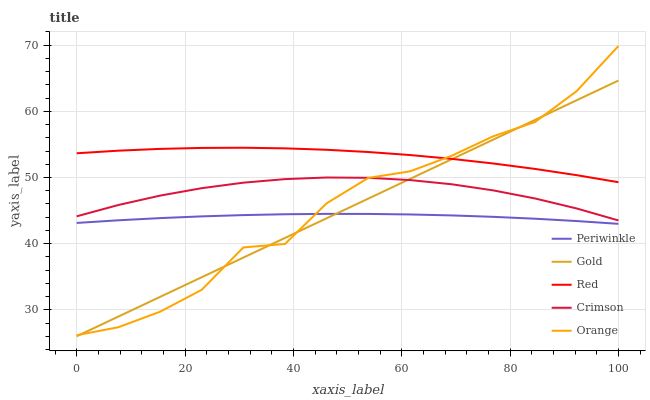
| xaxis_label | Periwinkle | Gold | Red | Crimson | Orange |
 | --- | --- | --- | --- | --- | --- |
 | 0 | 43.1 | 26 | 53.7 | 44.1 | 26.2 |
 | 7.69 | 43.5 | 29 | 54.1 | 45.8 | 27.4 |
 | 15.4 | 43.9 | 31.9 | 54.3 | 47.3 | 29.7 |
 | 23.1 | 44.1 | 34.9 | 54.5 | 48.4 | 33 |
 | 30.8 | 44.3 | 37.9 | 54.5 | 49.2 | 39.4 |
 | 38.5 | 44.4 | 40.9 | 54.4 | 49.8 | 40 |
 | 46.2 | 44.5 | 43.8 | 54.2 | 50 | 46.1 |
 | 53.8 | 44.5 | 46.8 | 53.9 | 50 | 49.9 |
 | 61.5 | 44.4 | 49.8 | 53.4 | 49.6 | 50.9 |
 | 69.2 | 44.3 | 52.8 | 52.8 | 49 | 53.3 |
 | 76.9 | 44.1 | 55.7 | 52.1 | 48.1 | 56.2 |
 | 84.6 | 43.8 | 58.7 | 51.3 | 46.8 | 58.4 |
 | 92.3 | 43.4 | 61.7 | 50.4 | 45.3 | 63.1 |
 | 100 | 43 | 64.7 | 49.3 | 43.5 | 69.9 |